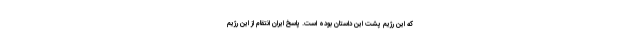
که این رژیم پشت این داستان بوده است. پاسخ ایران انتقام از این رژیم